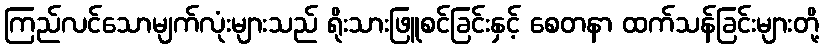
ကြည်လင်သောမျက်လုံးများသည် ရိုးသားဖြူစင်ခြင်းနှင့် စေတနာ ထက်သန်ခြင်းများတို့